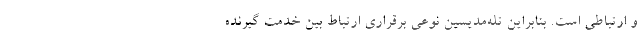
و ارتباطی است. بنابراین تله‌مدیسین نوعی برقراری ارتباط بین خدمت گیرنده